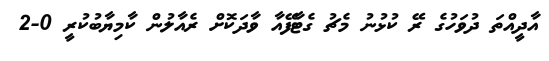
އާދީއްތަ ދުވަހުގެ ރޭ ކުޅުނު މެޗު ގެޓާފޭއާ ވާދަކޮށް ރެއާލުން ކާމިޔާބުކުރީ 0-2